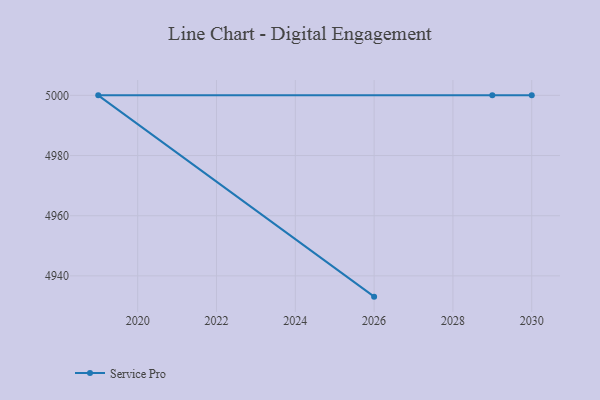
{"axis": {"x": "Year", "y": "Churn Rate (%)"}, "legend": ["Service Pro"], "data": [{"x": "2026", "y": 4933.1, "type": "Service Pro"}, {"x": "2019", "y": 5000, "type": "Service Pro"}, {"x": "2030", "y": 5000, "type": "Service Pro"}, {"x": "2029", "y": 5000, "type": "Service Pro"}]}